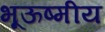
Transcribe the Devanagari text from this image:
भूऊष्मीय